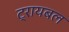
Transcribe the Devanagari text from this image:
ट्रायबल